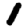
Digit: 1